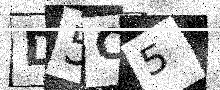
Text: D5C5